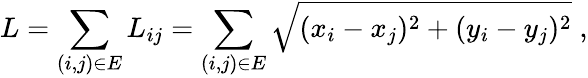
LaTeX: L=\sum_{(i,j)\in E}L_{ij}=\sum_{(i,j)\in E}\sqrt{(x_{i}-x_{j})^{2}+(y_{i}-y_{j})^{2}}\; ,